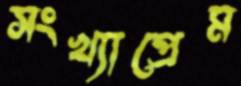
সংখ্যাপ্রেম